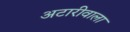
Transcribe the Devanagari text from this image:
अटारीवाला